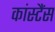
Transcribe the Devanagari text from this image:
कांस्टैंस